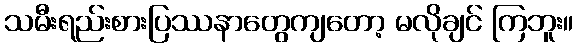
သမီးရည်းစားပြဿနာတွေကျတော့ မလိုချင် ကြဘူး။